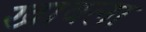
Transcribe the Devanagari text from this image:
खावला